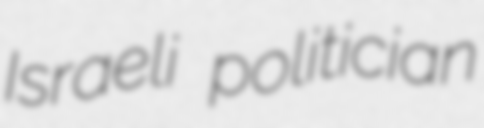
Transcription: Israeli politician